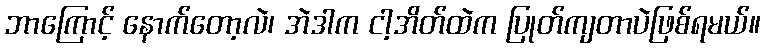
ဘာကြောင့် နောက်တော့လဲ၊ အဲဒါက ငါ့အိတ်ထဲက ပြုတ်ကျတာပဲဖြစ်ရမယ်။